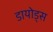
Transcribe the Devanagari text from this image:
डायोड्स